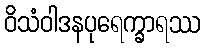
ဝိသံဝါဒနပုရေက္ခာရဿ